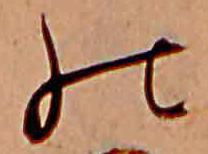
の